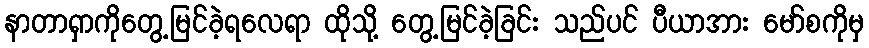
နာတာရှာကိုတွေ့မြင်ခဲ့ရလေရာ ထိုသို့ တွေ့မြင်ခဲ့ခြင်း သည်ပင် ပီယာအား မော်စကိုမှ